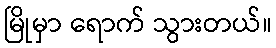
မြိုမှာ ရောက် သွားတယ်။